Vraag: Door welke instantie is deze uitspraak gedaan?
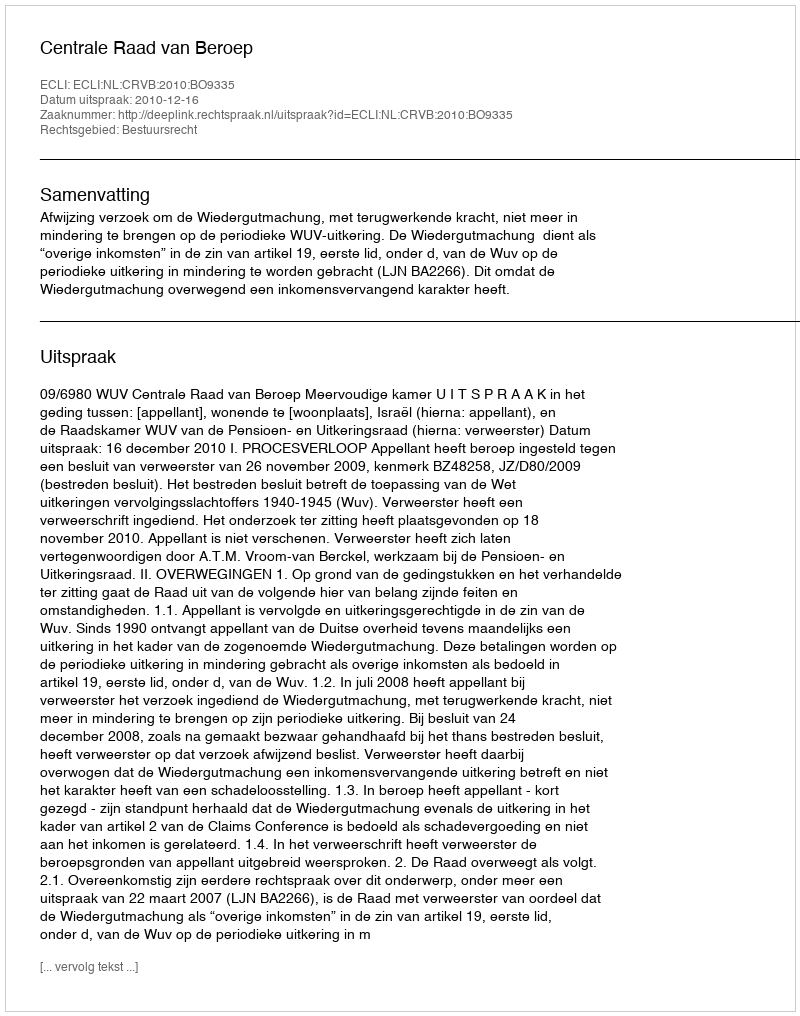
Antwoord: Centrale Raad van Beroep